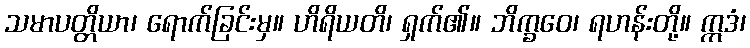
သမာပတ္တိယာ၊ ရောက်ခြင်းမှ။ ဟိရိယတိ၊ ရှက်၏။ ဘိက္ခဝေ၊ ရဟန်းတို့။ ဣဒံ၊